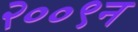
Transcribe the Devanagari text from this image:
२००९न